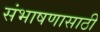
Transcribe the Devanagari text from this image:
संभाषणासाठी